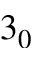
3 _ { 0 }